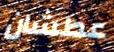
عطشان